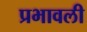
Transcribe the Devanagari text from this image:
प्रभावली